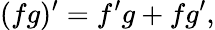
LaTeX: (fg)^{\prime}=f^{\prime}g+fg^{\prime},